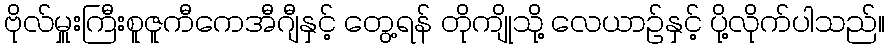
ဗိုလ်မှူးကြီးစူဇူကီကေအီဂျီနှင့် တွေ့ရန် တိုကျိုသို့ လေယာဉ်နှင့် ပို့လိုက်ပါသည်။